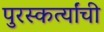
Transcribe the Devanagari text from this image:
पुरस्कर्त्यांची